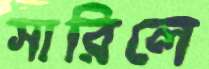
সারিলে